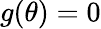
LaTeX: g(\theta)=0